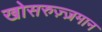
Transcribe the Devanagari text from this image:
खोसरुज़्ज़मान